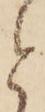
と